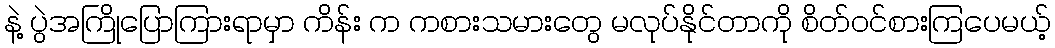
နဲ့ ပွဲအကြိုပြောကြားရာမှာ ကိန်း က ကစားသမားတွေ မလုပ်နိုင်တာကို စိတ်ဝင်စားကြပေမယ့်